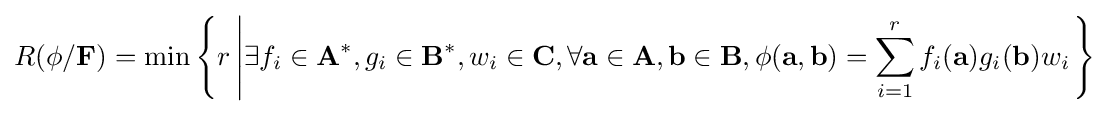
R(\phi /\mathbf {F} )=\min \left\{r\left|\exists f_{i}\in \mathbf {A} ^{*},g_{i}\in \mathbf {B} ^{*},w_{i}\in \mathbf {C} ,\forall \mathbf {a} \in \mathbf {A} ,\mathbf {b} \in \mathbf {B} ,\phi (\mathbf {a} ,\mathbf {b} )=\sum _{i=1}^{r}f_{i}(\mathbf {a} )g_{i}(\mathbf {b} )w_{i}\right.\right\}